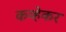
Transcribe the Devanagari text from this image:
कव्हेकर